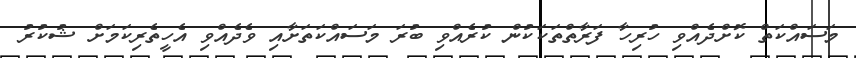
މަސައްކަތް ކޮށްދެއްވި ހުރިހާ ފަރާތްތަކަކުން ކުރެއްވި ބުރަ މަސައްކަތަށާއި ވެދެއްވި އެހީތެރިކަމަށް ޝުކުރު